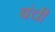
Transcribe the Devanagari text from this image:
बंची